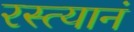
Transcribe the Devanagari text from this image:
रस्त्यानं